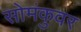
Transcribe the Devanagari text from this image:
सोमंकुवर